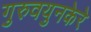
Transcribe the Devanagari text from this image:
गुरुवयुनकेरे